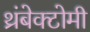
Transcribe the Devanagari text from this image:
थ्रंबेक्टोमी